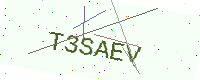
Text: T3SAEV